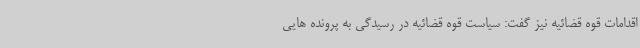
اقدامات قوه قضائیه نیز گفت: سیاست قوه قضائیه در رسیدگی به پرونده هایی